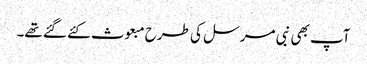
آپ بھی نبی مرسل کی طرح مبعوث کئے گئے تھے۔